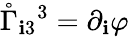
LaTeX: \mathring{\Gamma}_{\mathbf{i}3}{}^{3}=\partial_{\mathbf{i}}\varphi